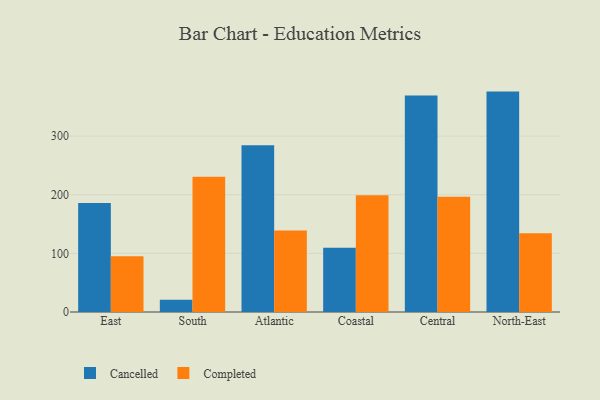
{"axis": {"x": "Region", "y": "Customer Acquisition Cost (USD)"}, "legend": ["Cancelled", "Completed"], "data": [{"x": "East", "y": 185.7, "type": "Cancelled"}, {"x": "East", "y": 94.9, "type": "Completed"}, {"x": "South", "y": 20.9, "type": "Cancelled"}, {"x": "South", "y": 230.8, "type": "Completed"}, {"x": "Atlantic", "y": 284.4, "type": "Cancelled"}, {"x": "Atlantic", "y": 138.8, "type": "Completed"}, {"x": "Coastal", "y": 109.6, "type": "Cancelled"}, {"x": "Coastal", "y": 199.3, "type": "Completed"}, {"x": "Central", "y": 369.2, "type": "Cancelled"}, {"x": "Central", "y": 196.4, "type": "Completed"}, {"x": "North-East", "y": 375.9, "type": "Cancelled"}, {"x": "North-East", "y": 134.1, "type": "Completed"}]}